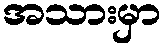
အသားမှာ